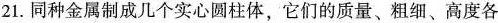
21.同种金属制成几个实心圆柱体，它们的质量、粗细、高度各